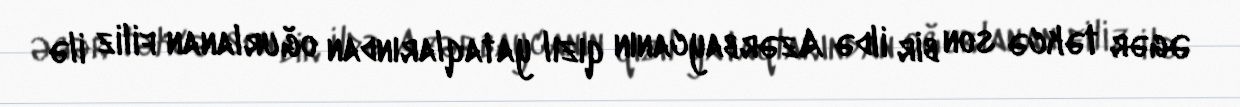
Əgər təkcə son bir ildə Azərbaycanın qızıl yataqlarından oğurlanan filiz ilə